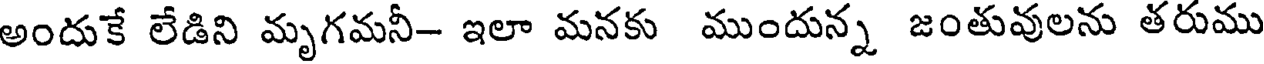
అందుకే లేడిని మృగమనీ- ఇలా మనకు ముందున్న జంతువులను తరుము